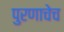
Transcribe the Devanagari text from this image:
पुरणाचेच